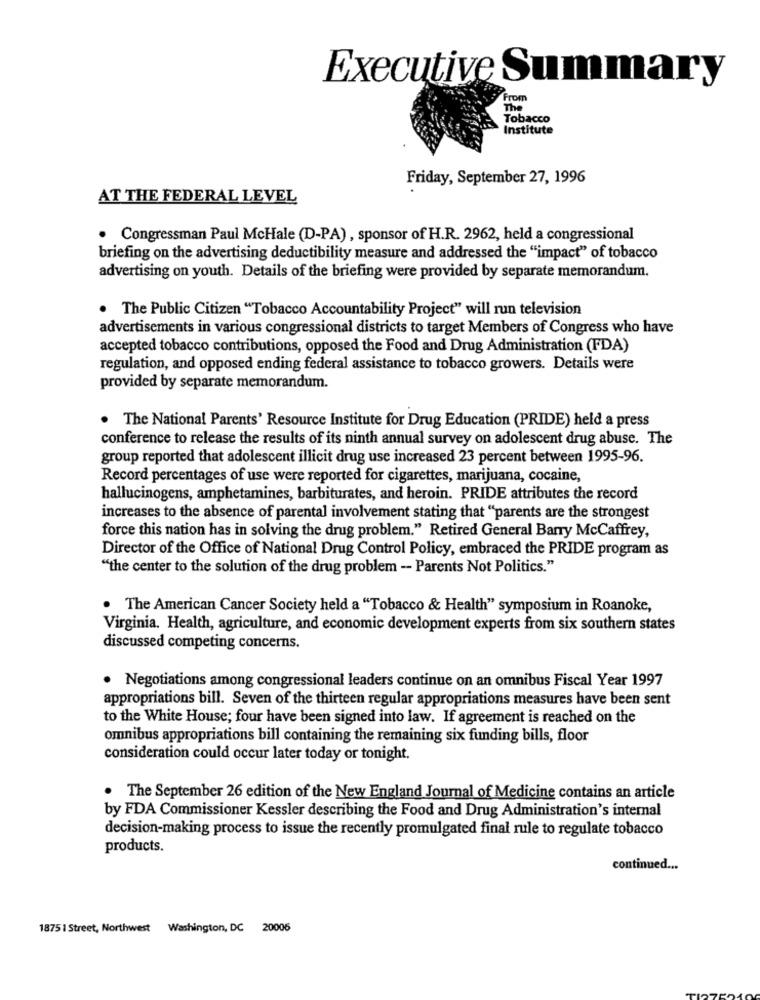
Executive Summary
From
The
Tobacco
Institute
Friday, September 27, 1996
AT THE FEDERAL LEVEL
· Congressman Paul McHale (D-PA) , sponsor of H.R. 2962, held a congressional
briefing on the advertising deductibility measure and addressed the "impact" of tobacco
advertising on youth. Details of the briefing were provided by separate memorandum.
. The Public Citizen "Tobacco Accountability Project" will run television
advertisements in various congressional districts to target Members of Congress who have
accepted tobacco contributions, opposed the Food and Drug Administration (FDA)
regulation, and opposed ending federal assistance to tobacco growers. Details were
provided by separate memorandum.
. The National Parents' Resource Institute for Drug Education (PRIDE) held a press
conference to release the results of its ninth annual survey on adolescent drug abuse. The
group reported that adolescent illicit drug use increased 23 percent between 1995-96.
Record percentages of use were reported for cigarettes, marijuana, cocaine,
hallucinogens, amphetamines, barbiturates, and heroin. PRIDE attributes the record
increases to the absence of parental involvement stating that "parents are the strongest
force this nation has in solving the drug problem." Retired General Barry McCaffrey,
Director of the Office of National Drug Control Policy, embraced the PRIDE program as
"the center to the solution of the drug problem - Parents Not Politics."
The American Cancer Society held a "Tobacco & Health" symposium in Roanoke,
Virginia. Health, agriculture, and economic development experts from six southern states
discussed competing concerns.
Negotiations among congressional leaders continue on an omnibus Fiscal Year 1997
appropriations bill. Seven of the thirteen regular appropriations measures have been sent
to the White House; four have been signed into law. If agreement is reached on the
omnibus appropriations bill containing the remaining six funding bills, floor
consideration could occur later today or tonight.
The September 26 edition of the New England Journal of Medicine contains an article
by FDA Commissioner Kessler describing the Food and Drug Administration's internal
decision-making process to issue the recently promulgated final rule to regulate tobacco
products.
continued ...
1875 1 Street, Northwest Washington, DC 20006